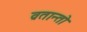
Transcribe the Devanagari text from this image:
व्रतान्तो